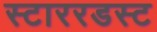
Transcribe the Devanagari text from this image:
स्टाररडस्ट